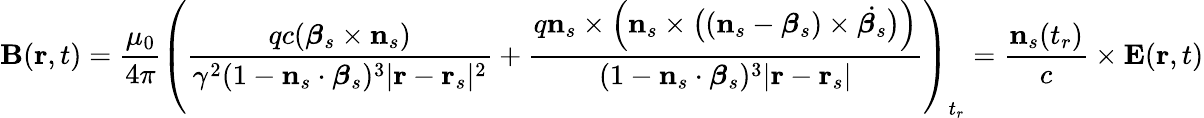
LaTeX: \mathbf{B}(\mathbf{r},t)={\frac{\mu_{0}}{4\pi}}\left({\frac{qc({\boldsymbol{\beta}}_{s}\times\mathbf{n}_{s})}{\gamma^{2}(1-\mathbf{n}_{s}\cdot{\boldsymbol{\beta}}_{s})^{3}|\mathbf{r}-\mathbf{r}_{s}|^{2}}}+{\frac{q\mathbf{n}_{s}\times{\Big(}\mathbf{n}_{s}\times{\big(}(\mathbf{n}_{s}-{\boldsymbol{\beta}}_{s})\times{\dot{{\boldsymbol{\beta}}_{s}}}{\big)}{\Big)}}{(1-\mathbf{n}_{s}\cdot{\boldsymbol{\beta}}_{s})^{3}|\mathbf{r}-\mathbf{r}_{s}|}}\right)_{t_{r}}={\frac{\mathbf{n}_{s}(t_{r})}{c}}\times\mathbf{E}(\mathbf{r},t)